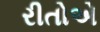
રીતોએ